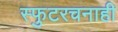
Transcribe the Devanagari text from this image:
स्फुटरचनाही